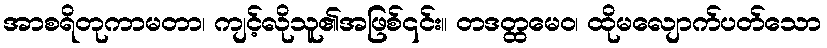
အာစရိတုကာမတာ၊ ကျင့်လိုသူ၏အဖြစ်၎င်း။ တဒတ္ထမေဝ၊ ထိုမလျောက်ပတ်သော